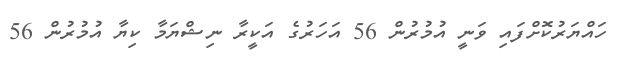
ހައްޔަރުކޮށްފައި ވަނީ އުމުރުން 56 އަހަރުގެ އަކީރާ ނިޝްޔަމާ ކިޔާ އުމުރުން 56